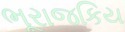
ભૂરાજકિય